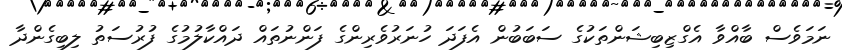
ނަމަވެސް ބާއްވާ އެގްޒިބިޝަންތަކުގެ ސަބަބުން އެފަދަ ހުނަރުވެރިންގެ ފަންނުތައް ދައްކާލުމުގެ ފުރުސަތު ލިބިގެންދާ